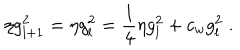
\eta g _ { l + 1 } ^ { 2 } = \eta g _ { l } ^ { 2 } = { \frac { 1 } { 4 } } \eta g _ { l } ^ { 2 } + c _ { w } g _ { l } ^ { 2 } \; .